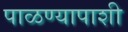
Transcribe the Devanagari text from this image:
पाळण्यापाशी